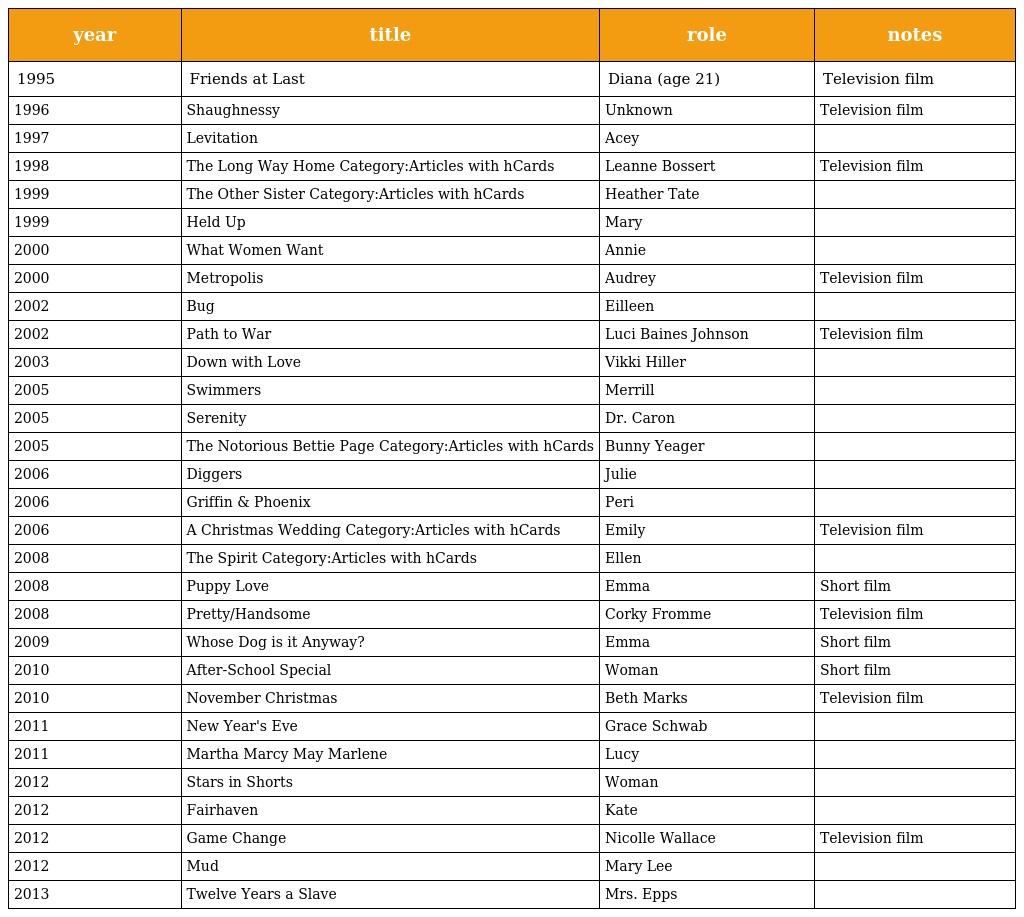
| year | title | role | notes |
 | --- | --- | --- | --- |
 | 1995 | Friends at Last | Diana (age 21) | Television film |
 | 1996 | Shaughnessy | Unknown | Television film |
 | 1997 | Levitation | Acey |  |
 | 1998 | The Long Way Home Category:Articles with hCards | Leanne Bossert | Television film |
 | 1999 | The Other Sister Category:Articles with hCards | Heather Tate |  |
 | 1999 | Held Up | Mary |  |
 | 2000 | What Women Want | Annie |  |
 | 2000 | Metropolis | Audrey | Television film |
 | 2002 | Bug | Eilleen |  |
 | 2002 | Path to War | Luci Baines Johnson | Television film |
 | 2003 | Down with Love | Vikki Hiller |  |
 | 2005 | Swimmers | Merrill |  |
 | 2005 | Serenity | Dr. Caron |  |
 | 2005 | The Notorious Bettie Page Category:Articles with hCards | Bunny Yeager |  |
 | 2006 | Diggers | Julie |  |
 | 2006 | Griffin & Phoenix | Peri |  |
 | 2006 | A Christmas Wedding Category:Articles with hCards | Emily | Television film |
 | 2008 | The Spirit Category:Articles with hCards | Ellen |  |
 | 2008 | Puppy Love | Emma | Short film |
 | 2008 | Pretty/Handsome | Corky Fromme | Television film |
 | 2009 | Whose Dog is it Anyway? | Emma | Short film |
 | 2010 | After-School Special | Woman | Short film |
 | 2010 | November Christmas | Beth Marks | Television film |
 | 2011 | New Year's Eve | Grace Schwab |  |
 | 2011 | Martha Marcy May Marlene | Lucy |  |
 | 2012 | Stars in Shorts | Woman |  |
 | 2012 | Fairhaven | Kate |  |
 | 2012 | Game Change | Nicolle Wallace | Television film |
 | 2012 | Mud | Mary Lee |  |
 | 2013 | Twelve Years a Slave | Mrs. Epps |  |